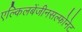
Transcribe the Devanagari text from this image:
एल्किलबेंजीनसल्फोनेट